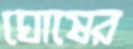
ঘোষের